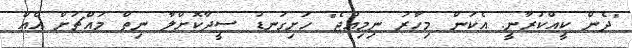
"ދެން ކީއްކުރާނީ. އެކަން މިހާރު ނިމިއްޖެ" ހަށިގަނޑު ސީދާކޮށްލާ ނިތް މައްޗަށް އެއް